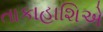
તાકાહાશિએ